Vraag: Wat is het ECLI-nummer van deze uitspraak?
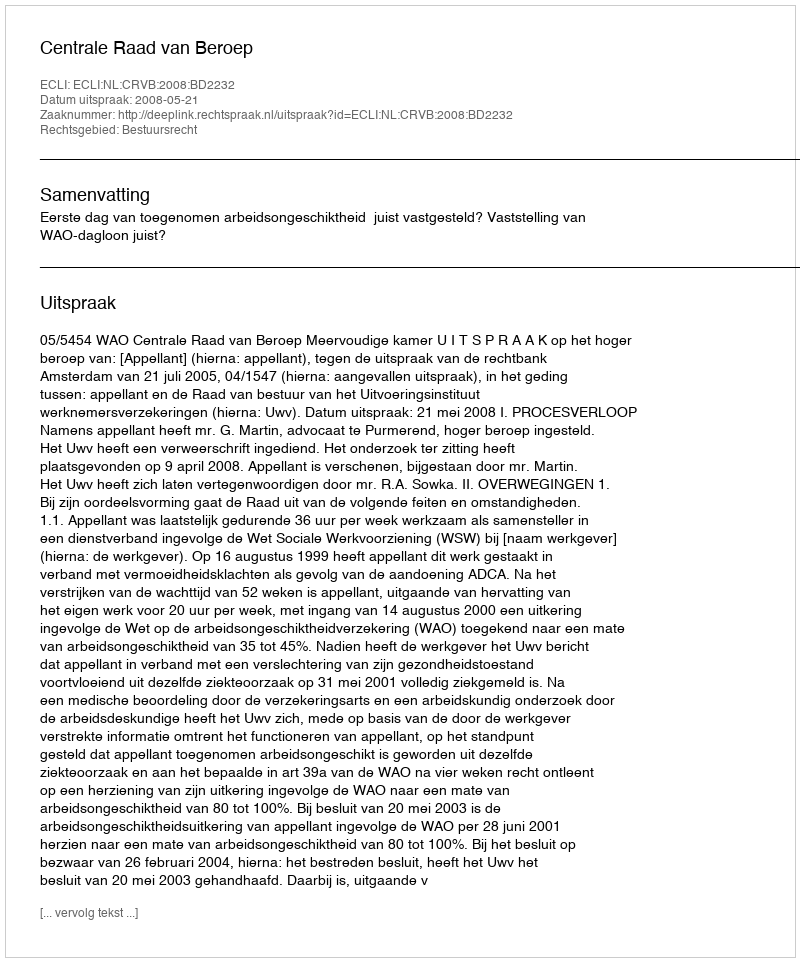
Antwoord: ECLI:NL:CRVB:2008:BD2232